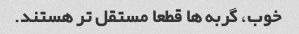
خوب، گربه ها قطعا مستقل تر هستند.